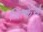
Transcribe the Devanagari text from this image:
थिन्केर्स